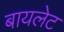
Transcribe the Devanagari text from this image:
बायलेट